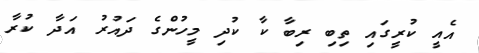
އެއީ ކުރީގައި ތިބި ރިބާ ކާ ކުދި މީހުންގެ ދައުރު އަދާ ކުރާ